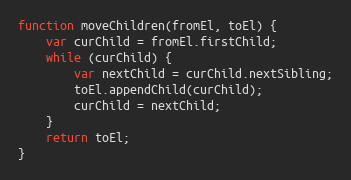
Language: JavaScript
function moveChildren(fromEl, toEl) {
    var curChild = fromEl.firstChild;
    while (curChild) {
        var nextChild = curChild.nextSibling;
        toEl.appendChild(curChild);
        curChild = nextChild;
    }
    return toEl;
}